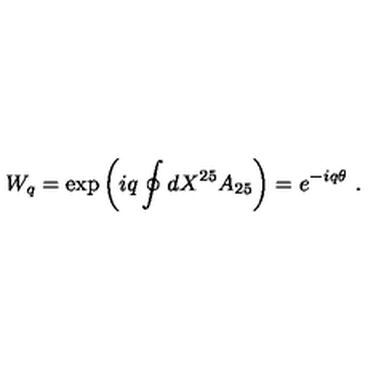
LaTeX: W _ { q } = \exp \left( i q \oint d X ^ { 2 5 } A _ { 2 5 } \right) = e ^ { - i q \theta } \ . \nonumber